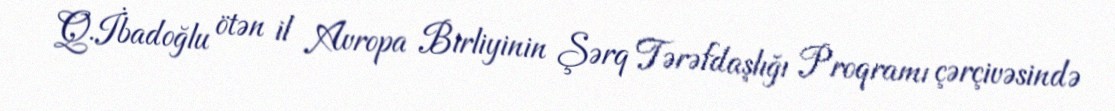
Q.İbadoğlu ötən il Avropa Birliyinin Şərq Tərəfdaşlığı Proqramı çərçivəsində